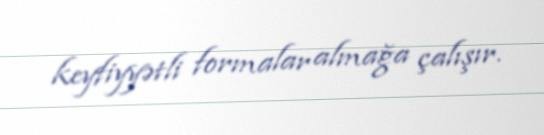
keyfiyyətli formalar almağa çalışır.